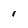
Character: 1